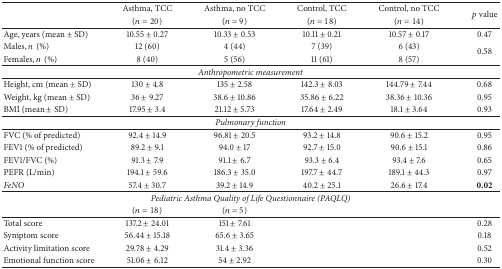
<table><thead><tr><td rowspan="2"><b> </b></td><td><b>Asthma, TCC</b></td><td><b>Asthma, no TCC</b></td><td><b>Control, TCC</b></td><td><b>Control, no TCC</b></td><td rowspan="2"><b><i>p</i> value</b></td></tr><tr><td><b>(<i>n</i> = 20)</b></td><td><b>(<i>n</i> = 9)</b></td><td><b>(<i>n</i> = 18)</b></td><td><b>(<i>n</i> = 14)</b></td></tr></thead><tbody><tr><td>Age, years (mean ± SD)</td><td>10.55 ± 0.27</td><td>10.33 ± 0.53</td><td>10.11 ± 0.21</td><td>10.57 ± 0.17</td><td>0.47</td></tr><tr><td> Males, <i>n</i>(%)</td><td>12 (60)</td><td>4 (44)</td><td>7 (39)</td><td>6 (43)</td><td rowspan="2">0.58</td></tr><tr><td> Females, <i>n</i>(%)</td><td>8 (40)</td><td>5 (56)</td><td>11 (61)</td><td>8 (57)</td></tr><tr><td colspan="6"><i>Anthropometric measurement</i></td></tr><tr><td>Height, cm (mean ± SD)</td><td>130 ± 4.8</td><td>135 ± 2.58</td><td>142.3 ± 8.03</td><td>144.79 ± 7.44</td><td>0.68</td></tr><tr><td>Weight, kg (mean ± SD)</td><td>36 ± 9.27</td><td>38.6 ± 10.86</td><td>35.86 ± 6.22</td><td>38.36 ± 10.36</td><td>0.95</td></tr><tr><td>BMI (mean ± SD)</td><td>17.95 ± 3.4</td><td>21.12 ± 5.73</td><td>17.64 ± 2.49</td><td>18.1 ± 3.64</td><td>0.93</td></tr><tr><td colspan="6"><i>Pulmonary function</i></td></tr><tr><td>FVC (% of predicted)</td><td>92.4 ± 14.9</td><td>96.81 ± 20.5</td><td>93.2 ± 14.8</td><td>90.6 ± 15.2</td><td>0.95</td></tr><tr><td>FEV1 (% of predicted)</td><td>89.2 ± 9.1</td><td>94.0 ± 17</td><td>92.7 ± 15.0</td><td>90.6 ± 15.1</td><td>0.86</td></tr><tr><td>FEV1/FVC (%)</td><td>91.3 ± 7.9</td><td>91.1 ± 6.7</td><td>93.3 ± 6.4</td><td>93.4 ± 7.6</td><td>0.65</td></tr><tr><td>PEFR (L/min)</td><td>194.1 ± 59.6</td><td>186.3 ± 35.0</td><td>197.7 ± 44.7</td><td>189.1 ± 44.3</td><td>0.97</td></tr><tr><td><i>FeNO</i></td><td>57.4 ± 30.7</td><td>39.2 ± 14.9</td><td>40.2 ± 25.1</td><td>26.6 ± 17.4</td><td><b>0.02</b></td></tr><tr><td colspan="6"><i>Pediatric Asthma Quality of Life Questionnaire (PAQLQ)</i></td></tr><tr><td> </td><td>(<i>n</i> = 18)</td><td>(<i>n</i> = 5)</td><td> </td><td> </td><td> </td></tr><tr><td>Total score</td><td>137.2 ± 24.01</td><td>151 ± 7.61</td><td> </td><td> </td><td>0.28</td></tr><tr><td>Symptom score</td><td>56.44 ± 15.18</td><td>65.6 ± 3.65</td><td> </td><td> </td><td>0.18</td></tr><tr><td>Activity limitation score</td><td>29.78 ± 4.29</td><td>31.4 ± 3.36</td><td> </td><td> </td><td>0.52</td></tr><tr><td>Emotional function score</td><td>51.06 ± 6.12</td><td>54 ± 2.92</td><td> </td><td> </td><td>0.30</td></tr></tbody></table>